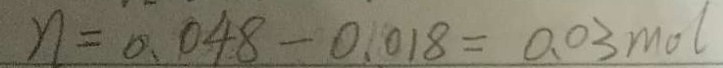
n = 0 . 0 4 8 - 0 . 0 1 8 = 0 . 0 3 m o l